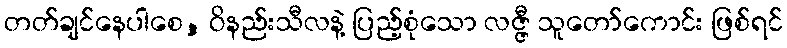
တတ်ချင်နေပါစေ, ဝိနည်းသီလနဲ့ ပြည့်စုံသော လဇ္ဇီ သူတော်ကောင်း ဖြစ်ရင်